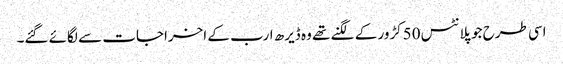
اسی طرح جو پلانٹس 50کڑور کے لگنے تھے وہ ڈیرھ ارب کے اخراجات سے لگائے گئے۔